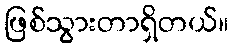
ဖြစ်သွားတာရှိတယ်။